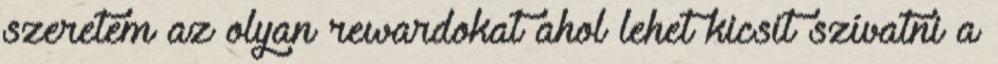
szeretem az olyan rewardokat ahol lehet kicsit szívatni a